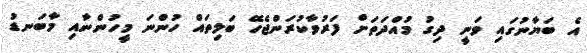
އެ ބަޔާނުގައި ވަނީ ދިގު މުއްދަތަށް ފަރުވާކުރަންޖެހޭ ބަލިތައް ހުންނަ މީހުންނާއި މާބަނޑު